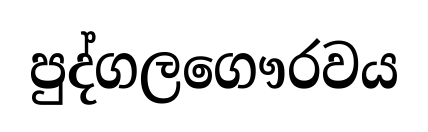
පුද්ගලගෞරවය